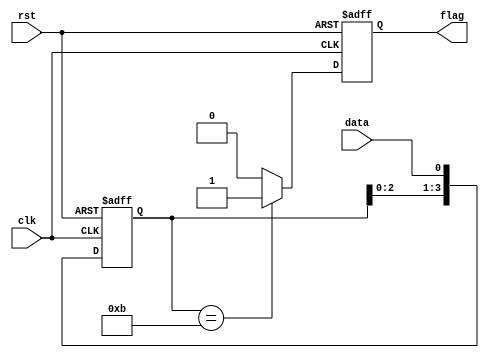
// ======================================================================
// Affiliation:			Tsinghua Univ
// Module Name:			sequence_test2
// Description:			sequence_test2
// Additional Comments:	VL36 on nowcoder
// ======================================================================

`timescale 1ns/1ns

module sequence_test2 (
	input	wire				rst,
	input	wire				clk,
	input	wire				data,
	output	wire				flag
);

reg					flag_reg;
reg		[3: 0]		data_temp;

assign	flag  =  flag_reg;

always @(posedge clk or negedge rst) begin
	if (~rst) begin
		flag_reg <= 1'b0;
		data_temp <= 4'd0;
	end
	else begin
		data_temp <= {data_temp[2: 0], data};
		if (data_temp == 4'b1011) begin
			flag_reg <= 1'b1;
		end
		else begin
			flag_reg <= 1'b0;
		end
	end
end

endmodule